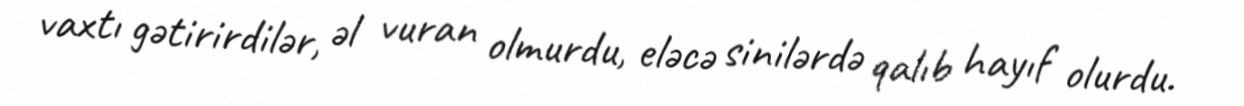
vaxtı gətirirdilər, əl vuran olmurdu, eləcə sinilərdə qalıb hayıf olurdu.